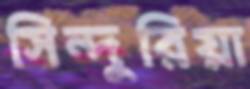
সিন্দুরিয়া